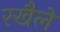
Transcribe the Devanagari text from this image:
रखैले